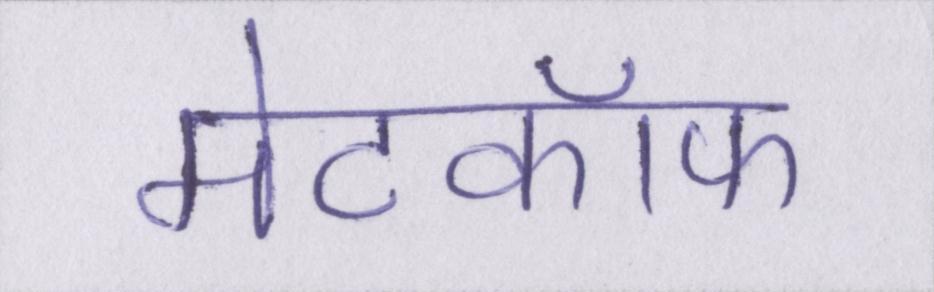
मेटकॉफ